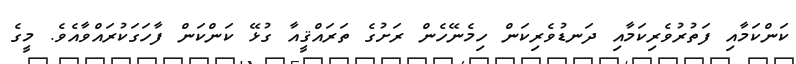
ކަންކަމާއި ފަތުރުވެރިކަމާއި ދަނޑުވެރިކަން ހިމެނޭހެން ރަށުގެ ތަރައްޤީއާ ގުޅޭ ކަންކަން ފާހަގަކުރައްވާއެވެ. މީގެ